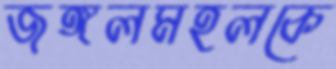
জঙ্গলমহলকে